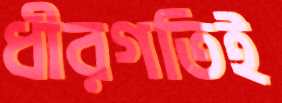
ধীরগতিই